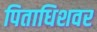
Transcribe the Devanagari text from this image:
पिताधिशवर